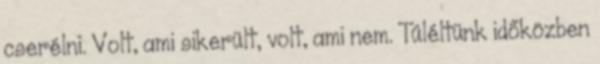
cserélni. Volt, ami sikerült, volt, ami nem. Túléltünk időközben